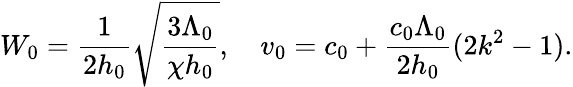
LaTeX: W_{0}=\frac{1}{2h_{0}}\sqrt{\frac{3\Lambda_{0}}{\chi h_{0}}},~~~~v_{0}=c_{0}+\frac{c_{0}\Lambda_{0}}{2h_{0}}(2k^{2}-1).